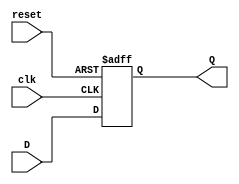
module FlipFlopRegister #(
    parameter N = 8  // Default size of the register (number of bits)
)(
    input wire clk,     // Clock input
    input wire reset,   // Asynchronous reset input
    input wire [N-1:0] D, // N-bit data input
    output reg [N-1:0] Q // N-bit data output
);

// Always block for flip-flop behavior
always @(posedge clk or posedge reset) begin
    if (reset) begin
        // Asynchronous reset to zero
        Q <= {N{1'b0}};  // Reset all bits to 0
    end else begin
        // Capture data on the rising edge of the clock
        Q <= D;  // Store the input data
    end
end

endmodule